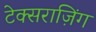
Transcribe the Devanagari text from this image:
टेक्सराज़िंग